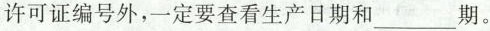
许可证编号外，一定要查看生产日期和___期。